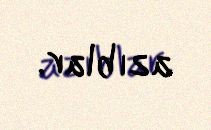
azıblar.